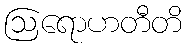
ဩရောဟတီတိ